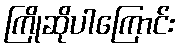
ကြိုဆိုပါကြောင်း